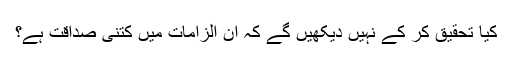
کیا تحقیق کر کے نہیں دیکھیں گے کہ ان الزامات میں کتنی صداقت ہے؟